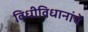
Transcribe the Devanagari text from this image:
विधीविधानांचे